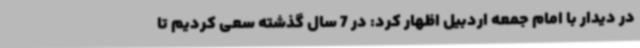
در دیدار با امام جمعه اردبیل اظهار کرد: در 7 سال گذشته سعی کردیم تا